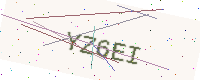
Text: YZ6EI